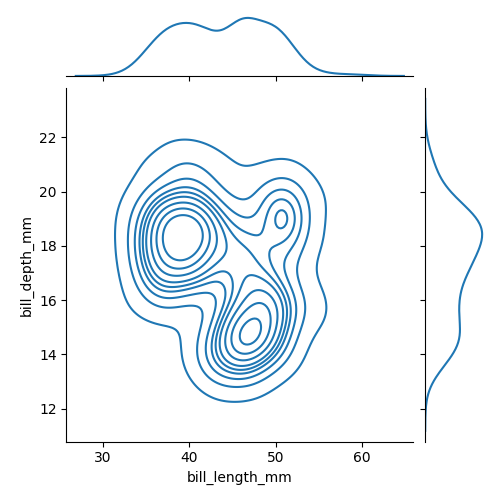
python, seaborn, jointplot, kind='kde', height='5', ratio='5', marginal_ticks='False'